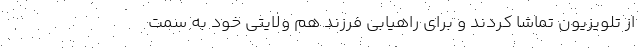
از تلویزیون تماشا کردند و برای راهیابی فرزند هم ولایتی خود به سمت